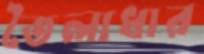
তৈলাধার